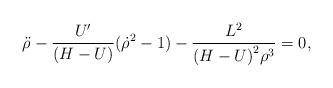
LaTeX: \begin{align*}{\ddot \rho} - {U'\over (H-U)}({\dot \rho}^{2} - 1)-{L^{2} \over {{(H-U)}^{2}\rho^{3}}} = 0,\end{align*}